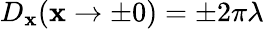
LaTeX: D_{\mathbf{x}}(\mathbf{x}\to\pm0)=\pm2\pi\lambda